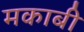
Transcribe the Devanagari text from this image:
मकाबी